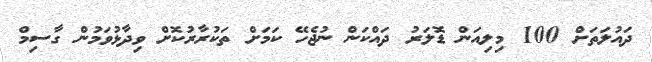
ދައުލަތަށް 100 މިލިއަން ޑޮލަރު ދައްކަން ނުޖެހޭ ކަމަށް ތަކުރާރުކޮށް ވިދާޅުވަމުން ގާސިމް